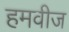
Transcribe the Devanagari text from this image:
हमवीज